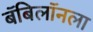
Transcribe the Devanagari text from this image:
बॅबिलॉनला